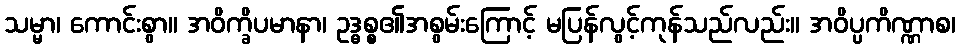
သမ္မာ၊ ကောင်းစွာ။ အဝိက္ခိပမာနာ၊ ဥဒ္ဓစ္စ၏အစွမ်းကြောင့် မပြန်လွင့်ကုန်သည်လည်း။ အဝိပ္ပကိဏ္ဏာစ၊